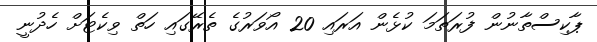
ޕާކިސްތާނުން ފުރަތަމަ ކުޅެން އަރައި 20 އޯވަރުގެ ތެރޭގައި ހަތް ވިކެޓަށް ހެދުނީ